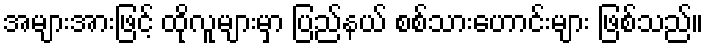
အများအားဖြင့် ထိုလူများမှာ ပြည်နယ် စစ်သားဟောင်းများ ဖြစ်သည်။